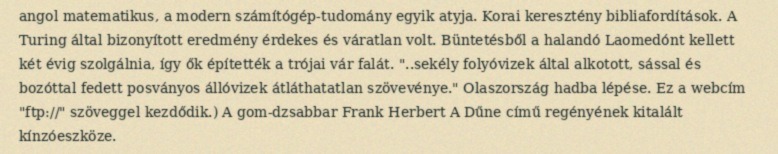
angol matematikus, a modern számítógép-tudomány egyik atyja. Korai keresztény bibliafordítások. A Turing által bizonyított eredmény érdekes és váratlan volt. Büntetésből a halandó Laomedónt kellett két évig szolgálnia, így ők építették a trójai vár falát. "..sekély folyóvizek által alkotott, sással és bozóttal fedett posványos állóvizek átláthatatlan szövevénye." Olaszország hadba lépése. Ez a webcím "ftp://" szöveggel kezdődik.) A gom-dzsabbar Frank Herbert A Dűne című regényének kitalált kínzóeszköze.